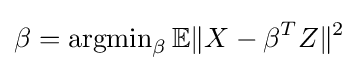
\beta =\operatorname {argmin} _{\beta }\mathbb {E} \|X-\beta ^{T}Z\|^{2}